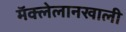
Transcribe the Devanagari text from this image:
मॅक्लेलानखाली